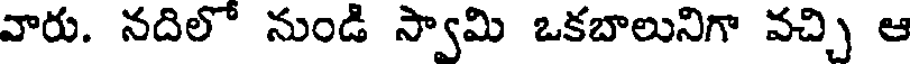
వారు. నదిలో నుండి స్వామి ఒకబాలునిగా వచ్చి ఆ